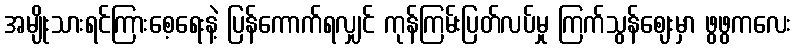
အမျိုးသားရင်ကြားစေ့ရေးနဲ့ ပြန်ကောက်ရလျှင် ကုန်ကြမ်းပြတ်လပ်မှု ကြက်သွန်ဈေးမှာ ဖွဖွကလေး